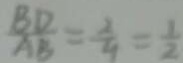
\frac { B D } { A B } = \frac { 2 } { 4 } = \frac { 1 } { 2 }